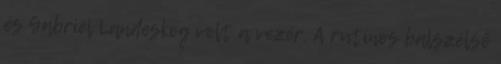
és Gabriel Landeskog volt a vezér. A rutinos balszélső